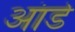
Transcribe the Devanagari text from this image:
आंडे